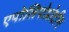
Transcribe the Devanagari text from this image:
एपोलिपोप्रोटीन